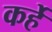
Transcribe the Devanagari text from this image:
कर्हे